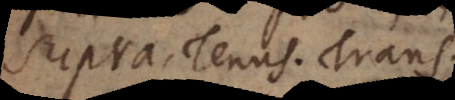
Supra. Tenus. Trans.